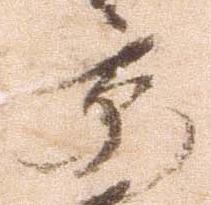
京